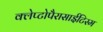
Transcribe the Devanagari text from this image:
क्लेप्टोपैरासाईटिस्म